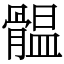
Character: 䯠